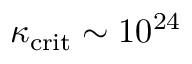
\kappa _ { \mathrm { c r i t } } \sim 1 0 ^ { 2 4 }